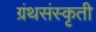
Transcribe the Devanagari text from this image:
ग्रंथसंस्कृती